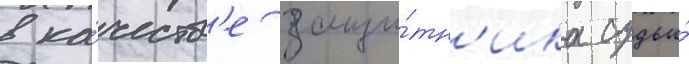
в ка́честв'е защи́тн'ика судьи́